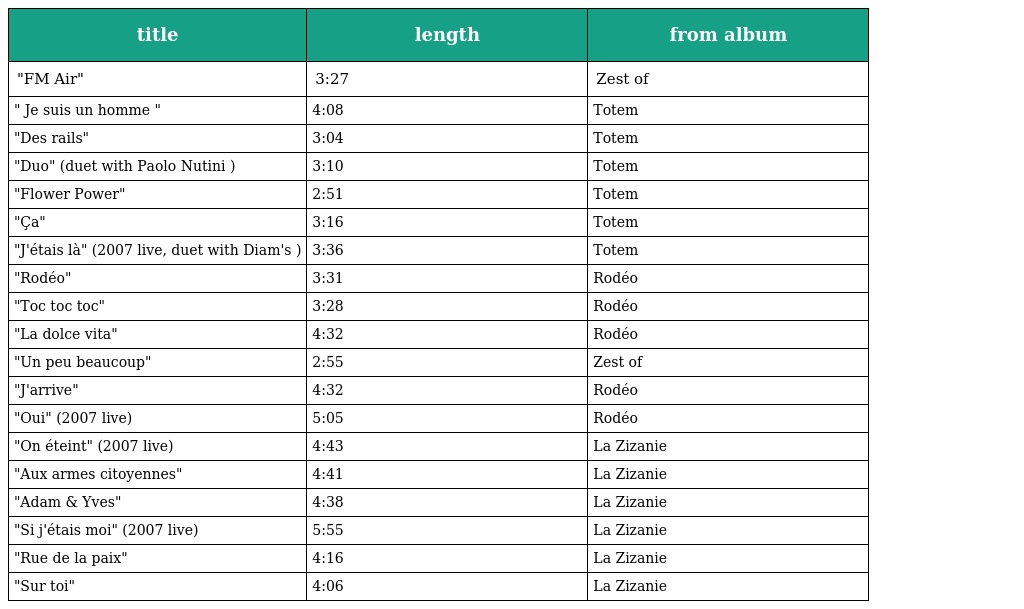
| title | length | from album |
 | --- | --- | --- |
 | "FM Air" | 3:27 | Zest of |
 | " Je suis un homme " | 4:08 | Totem |
 | "Des rails" | 3:04 | Totem |
 | "Duo" (duet with Paolo Nutini ) | 3:10 | Totem |
 | "Flower Power" | 2:51 | Totem |
 | "Ça" | 3:16 | Totem |
 | "J'étais là" (2007 live, duet with Diam's ) | 3:36 | Totem |
 | "Rodéo" | 3:31 | Rodéo |
 | "Toc toc toc" | 3:28 | Rodéo |
 | "La dolce vita" | 4:32 | Rodéo |
 | "Un peu beaucoup" | 2:55 | Zest of |
 | "J'arrive" | 4:32 | Rodéo |
 | "Oui" (2007 live) | 5:05 | Rodéo |
 | "On éteint" (2007 live) | 4:43 | La Zizanie |
 | "Aux armes citoyennes" | 4:41 | La Zizanie |
 | "Adam & Yves" | 4:38 | La Zizanie |
 | "Si j'étais moi" (2007 live) | 5:55 | La Zizanie |
 | "Rue de la paix" | 4:16 | La Zizanie |
 | "Sur toi" | 4:06 | La Zizanie |